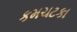
કમચટકા